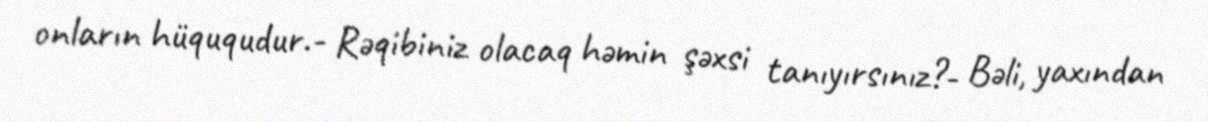
onların hüququdur.- Rəqibiniz olacaq həmin şəxsi tanıyırsınız?- Bəli, yaxından